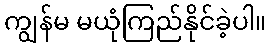
ကျွန်မ မယုံကြည်နိုင်ခဲ့ပါ။